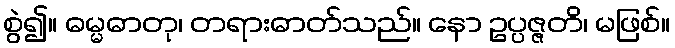
စွဲ၍။ ဓမ္မဓာတု၊ တရားဓာတ်သည်။ နော ဥပ္ပဇ္ဇတိ၊ မဖြစ်။